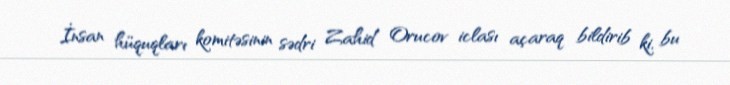
İnsan hüquqları komitəsinin sədri Zahid Orucov iclası açaraq bildirib ki, bu